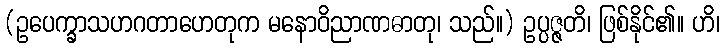
(ဥပေက္ခာသဟဂတာဟေတုက မနောဝိညာဏဓာတု၊ သည်။) ဥပ္ပဇ္ဇတိ၊ ဖြစ်နိုင်၏။ ဟိ၊